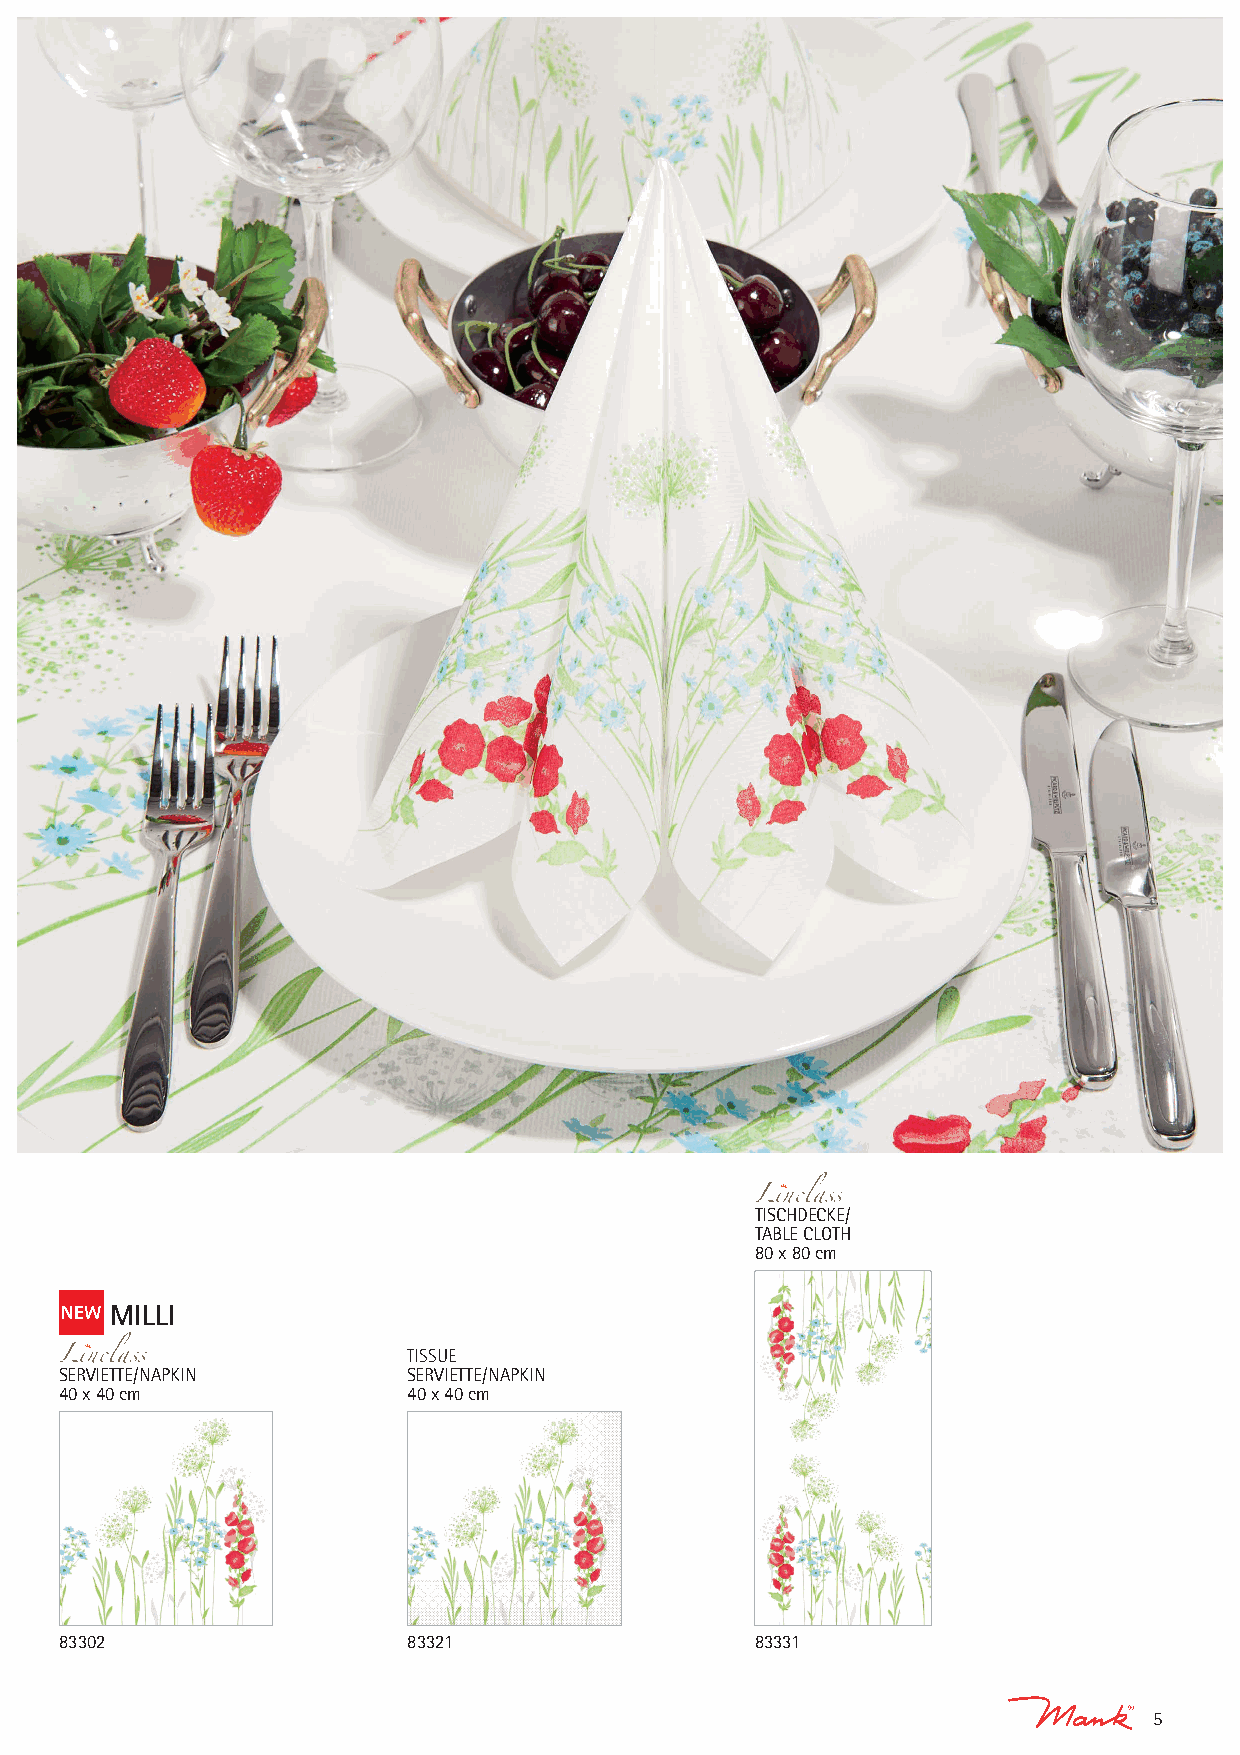
TISCHDECKE/
 TABLE CLOTH
 80 x 80 cm
 N E W MILLI
 TISSUE
 SERVIETTE/NAPKIN       SERVIETTE/NAPKIN
 40 x 40 cm             40 x 40 cm
 83302                  83321                  83331
 5